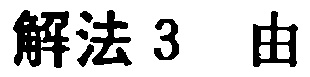
解法 3 由